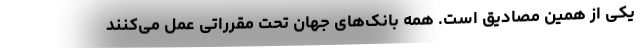
یکی از همین مصادیق است. همه بانک‌های جهان تحت مقرراتی عمل می‌کنند